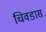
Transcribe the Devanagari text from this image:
चिवडास